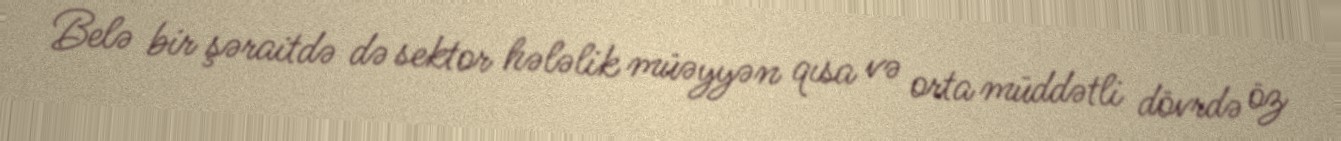
Belə bir şəraitdə də sektor hələlik müəyyən qısa və orta müddətli dövrdə öz